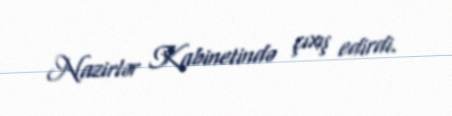
Nazirlər Kabinetində çıxış edirdi.